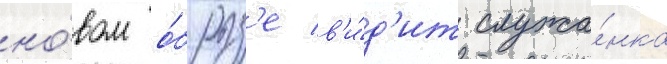
но́вом о́браз'е в'и́д'ит служа́нка